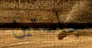
جاستين